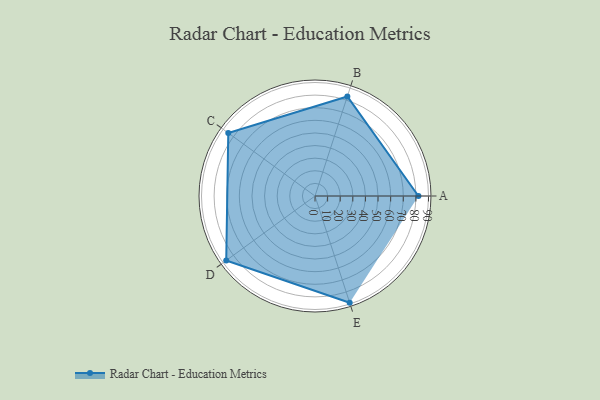
{"axis": {"x": "Skill", "y": "Score"}, "legend": ["Profile"], "data": [{"x": "A", "y": 82.0, "type": "Profile"}, {"x": "B", "y": 83.0, "type": "Profile"}, {"x": "C", "y": 85.0, "type": "Profile"}, {"x": "D", "y": 87.0, "type": "Profile"}, {"x": "E", "y": 89.0, "type": "Profile"}]}